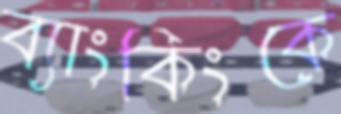
ব্যাংকিংকে